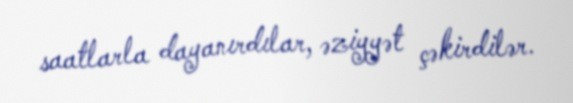
saatlarla dayanırdılar, əziyyət çəkirdilər.